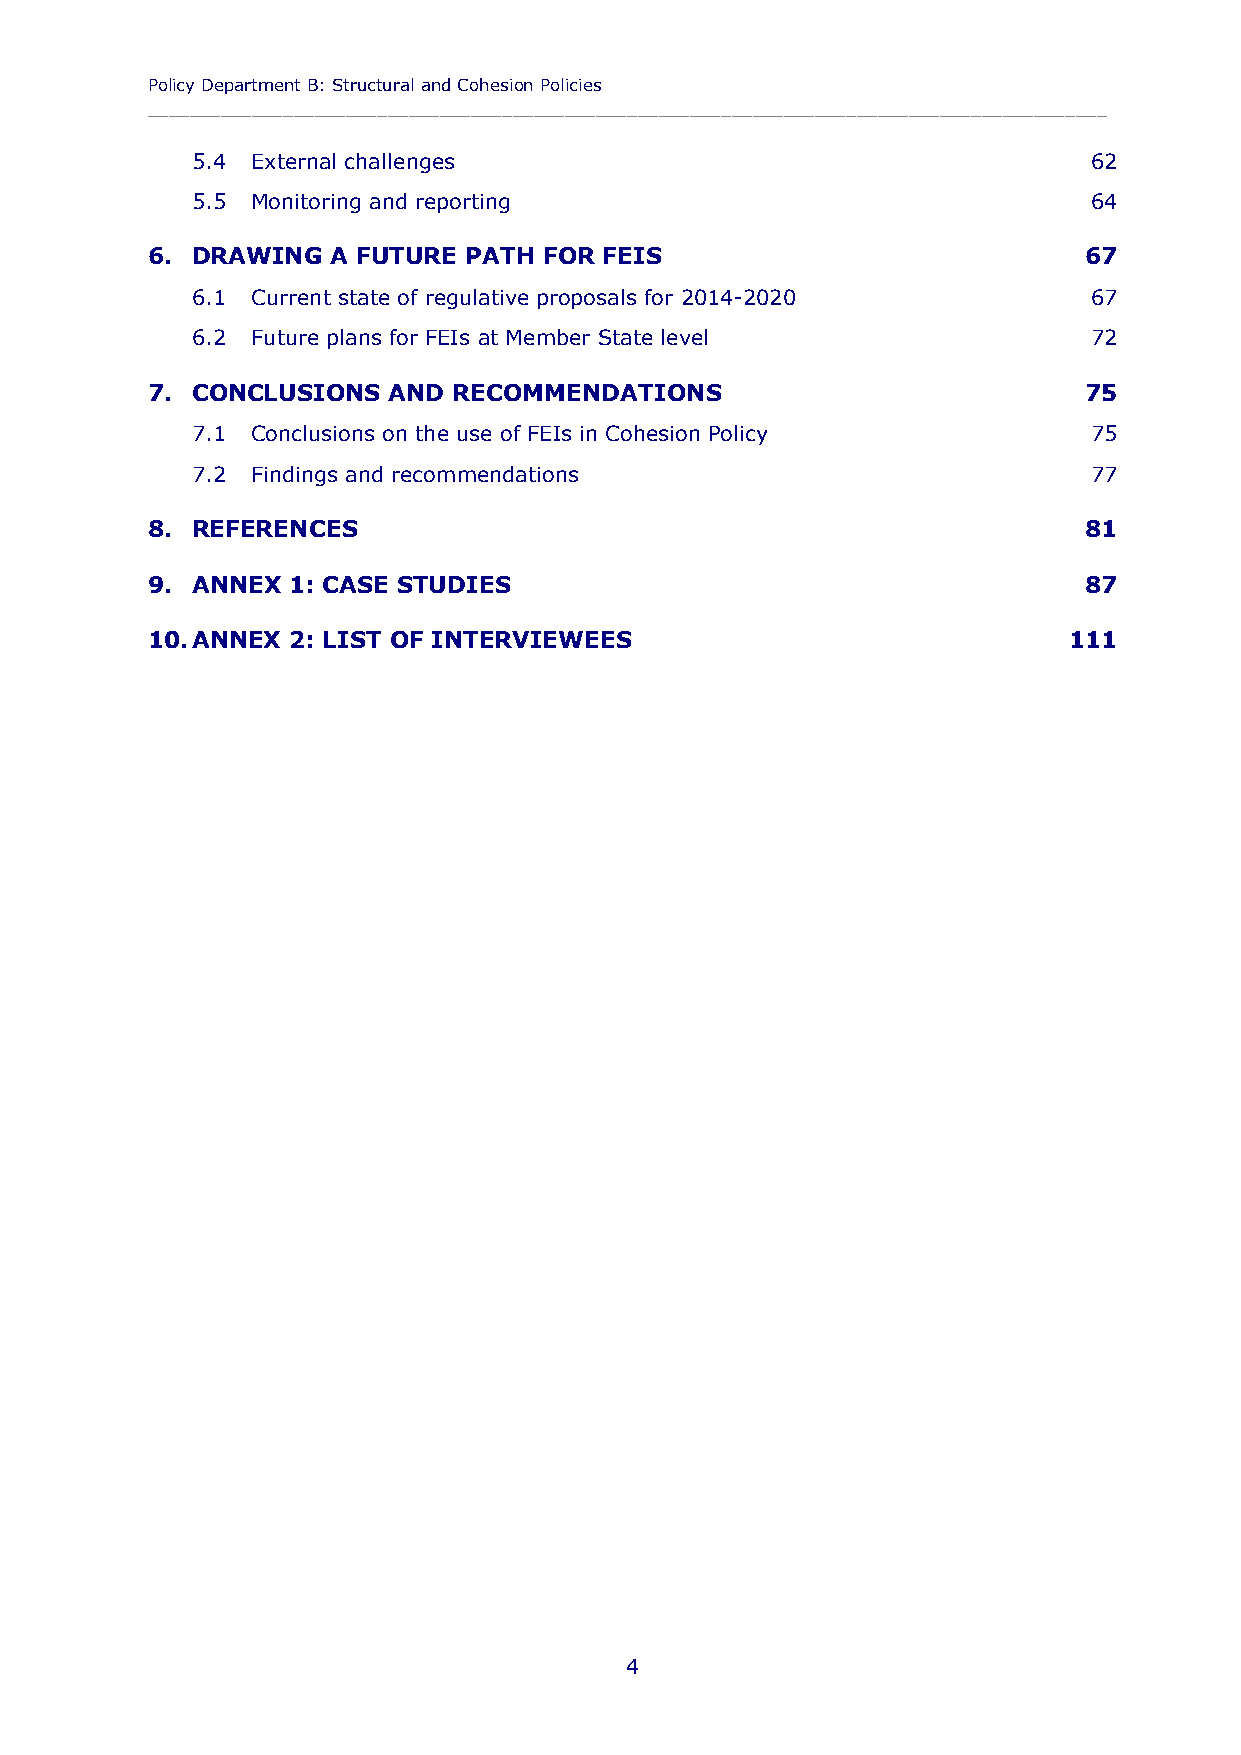
Policy Department B: Structural and Cohesion Policies
 ____________________________________________________________________________________________
 5.4 External challenges                                    62
 5.5 Monitoring and reporting                               64
 6. DRAWING  A FUTURE PATH FOR FEIS                            67
 6.1 Current state of regulative proposals for 2014-2020    67
 6.2 Future plans for FEIs at Member State level            72
 7. CONCLUSIONS  AND RECOMMENDATIONS                           75
 7.1 Conclusions on the use of FEIs in Cohesion Policy      75
 7.2 Findings and recommendations                           77
 8. REFERENCES                                                 81
 9. ANNEX 1: CASE STUDIES                                      87
 10. ANNEX 2: LIST OF INTERVIEWEES                            111
 4